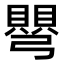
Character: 𭛋